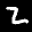
Label: 2